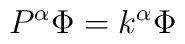
P^\alpha   \Phi  = k ^\alpha \Phi